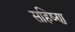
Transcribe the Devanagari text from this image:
सहिष्ण